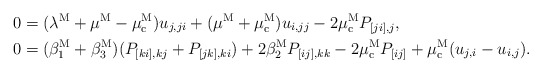
\begin{align*}0&=(\lambda^{\rm M}+\mu^{\rm M}-\mu_{\rm c}^{\rm M})u_{j,ji}+(\mu^{\rm M}+\mu_{\rm c}^{\rm M})u_{i,jj}-2\mu_{\rm c}^{\rm M} P_{[ji],j},\\0&=(\beta_1^{\rm M}+\beta_3^{\rm M})(P_{[ki],kj}+P_{[jk],ki})+2\beta_2^{\rm M} P_{[ij],kk}-2\mu_{\rm c}^{\rm M} P_{[ij]}+\mu_{\rm c}^{\rm M} (u_{j,i}-u_{i,j}).\end{align*}